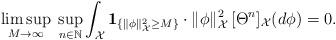
LaTeX: \begin{align*}\limsup_{M\to\infty}\; \sup_{n\in \mathbb{N}} \int_{\mathcal{X}} \mathbf{1}_{\{\|\phi\|_{\mathcal{X}}^{2} \geq M\}}\cdot \|\phi\|_{\mathcal{X}}^{2}\, [\Theta^{n}]_{\mathcal{X}}(d\phi) = 0.\end{align*}